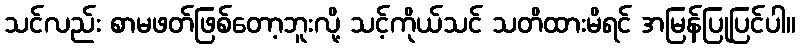
သင်လည်း စာမဖတ်ဖြစ်တော့ဘူးလို့ သင့်ကိုယ်သင် သတိထားမိရင် အမြန်ပြုပြင်ပါ။